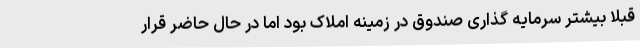
قبلا بیشتر سرمایه گذاری صندوق در زمینه املاک بود اما در حال حاضر قرار